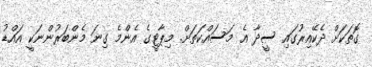
ގޮތަކަށް ދެކޭއިރުގައި ސީދާ އެ މަސައްކަތަށް. މިޕާޓީގެ އެންމެ ގިނަ މެންބަރުންނަކީ އައްޑު